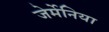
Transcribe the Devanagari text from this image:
जेर्मेनिया